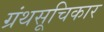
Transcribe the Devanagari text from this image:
ग्रंथसूचिकार